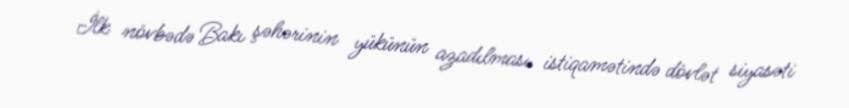
İlk növbədə Bakı şəhərinin yükünün azadılması istiqamətində dövlət siyasəti